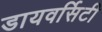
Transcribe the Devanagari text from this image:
डायवर्सिटी